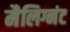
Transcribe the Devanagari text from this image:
मैलिग्नंट